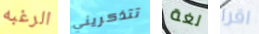
الرغبه تتذكريني لغة اقرا